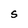
Character: S